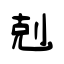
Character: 剋